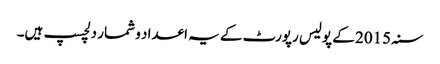
سنہ 2015 کے پولیس رپورٹ کے یہ اعداد و شمار دلچسپ ہیں۔